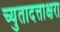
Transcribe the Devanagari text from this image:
च्युतादत्ताक्षरा